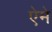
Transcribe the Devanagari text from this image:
ऐमे